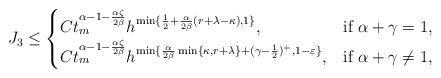
LaTeX: \begin{align*}J_3\leq\begin{cases}C t_m^{\alpha-1-\frac{\alpha\zeta}{2\beta}} h^{ \min\{ \frac{1}{2} + \frac{\alpha}{2\beta}(r+\lambda-\kappa), 1 \} }, & \mbox{if } \alpha + \gamma = 1, \\C t_m^{\alpha-1-\frac{\alpha\zeta}{2\beta}} h^{\min\{\frac{\alpha}{2\beta}\min\{\kappa,r+\lambda\} + (\gamma-\frac{1}{2})^{+}, 1-\varepsilon\}}, & \mbox{if } \alpha + \gamma \neq 1,\end{cases}\end{align*}